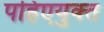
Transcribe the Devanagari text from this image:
पहिएयुक्‍त